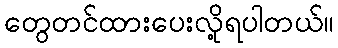
တွေတင်ထားပေးလို့ရပါတယ်။